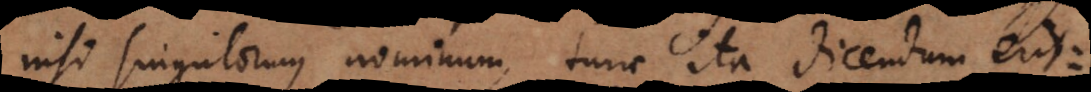
nisi singulorum nominum, tunc ita dicendum erit: